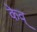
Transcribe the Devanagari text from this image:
केव्‌